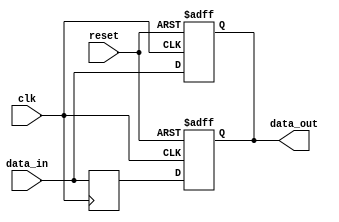
module sequential_logic_block (
    input wire clk,
    input wire reset,
    input wire data_in,
    output reg data_out
);

reg dff_out;

// Transparent latch
always @ (posedge clk or posedge reset)
begin
    if (reset)
        data_out <= 1'b0;  // Reset output when reset signal is high
    else
        data_out <= data_in;  // Pass input signal to output when clock signal is high
end

// D flip-flop
always @ (posedge clk)
begin
    dff_out <= data_in;  // Store input signal at the rising edge of the clock signal
end

always @ (posedge clk or posedge reset)
begin
    if (reset)
        data_out <= 1'b0;  // Reset output when reset signal is high
    else
        data_out <= dff_out;  // Update output based on the stored input signal in the D flip-flop
end

endmodule